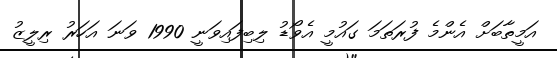
އަމީތާބަށް އެންމެ ފުރަތަމަ ގައުމީ އެވޯޑު ލިބިފައިވަނީ 1990 ވަނަ އަހަރު ރިލީޒު